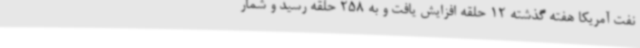
نفت آمریکا هفته گذشته 12 حلقه افزایش یافت و به 258 حلقه رسید و شمار